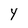
Character: Y